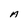
Character: A